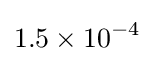
1.5\times 10^{-4}